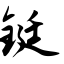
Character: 铤